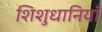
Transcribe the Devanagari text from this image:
शिशुधानियाँ